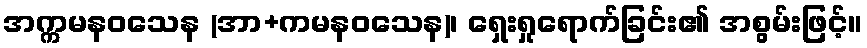
အက္ကမနဝသေန (အာ+ကမနဝသေန)၊ ရှေးရှုရောက်ခြင်း၏ အစွမ်းဖြင့်။